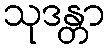
သုဒန္တာ